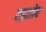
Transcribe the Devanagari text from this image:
एड्राडोर